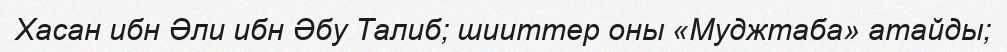
Хасан ибн Әли ибн Әбу Талиб; шииттер оны «Муджтаба» атайды;